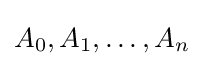
{\textstyle A_{0},A_{1},\ldots ,A_{n}}